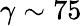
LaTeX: \gamma\sim 75